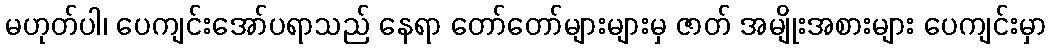
မဟုတ်ပါ၊ ပေကျင်းအော်ပရာသည် နေရာ တော်တော်များများမှ ဇာတ် အမျိုးအစားများ ပေကျင်းမှာ